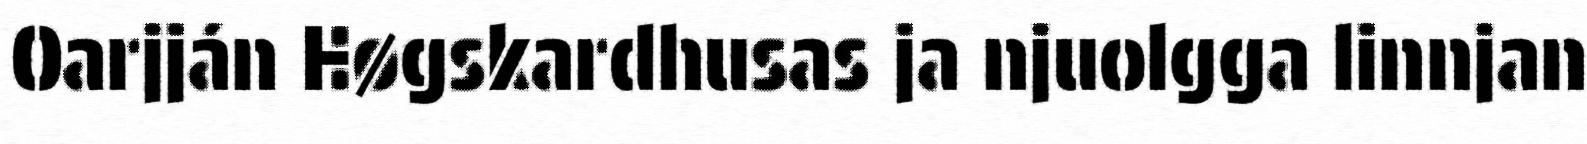
Oarjján Høgskardhusas ja njuolgga linnjan